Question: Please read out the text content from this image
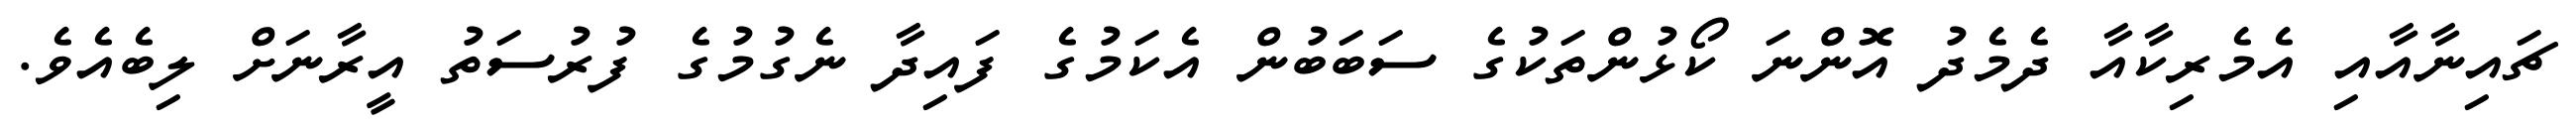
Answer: ޗައިނާއާއި އެމެރިކާއާ ދެމެދު އޮންނަ ކޯޅުންތަކުގެ ސަބަބުން އެކަމުގެ ފައިދާ ނެގުމުގެ ފުރުސަތު އީރާނަށް ލިބެއެވެ.